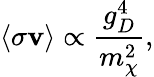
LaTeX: \langle\sigma\mathbf{v}\rangle\propto\frac{{g_{D}^{4}}}{{m_{\chi}^{2}}},